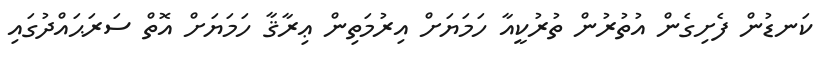
ކަނޑުން ފެށިގެން އުތުރުން ތުރުކީއާ ހަމަޔަށް އިރުމަތިން ޢިރާޤާ ހަމަޔަށް އޮތް ސަރަޙައްދުގައި